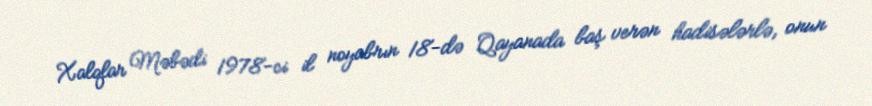
Xalqlar Məbədi 1978-ci il noyabrın 18-də Qayanada baş verən hadisələrlə, onun